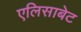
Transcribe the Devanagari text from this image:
एलिसाबेट